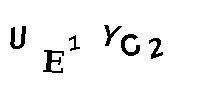
EU1YC2